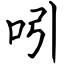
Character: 吲